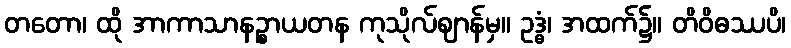
တတော၊ ထို အာကာသာနဉ္စာယတန ကုသိုလ်ဈာန်မှ။ ဥဒ္ဓံ၊ အထက်၌။ တိဝိဓဿပိ၊